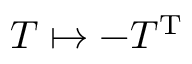
T \mapsto - T ^ { \mathrm { T } }